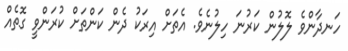
ހަނދާންވެ ލޮލުން ކަރުނަ ހިލުނެވެ. އެތަށް އިރަކު ދެން ކަންތަށް ކުރަންވީ ގޮތެއް